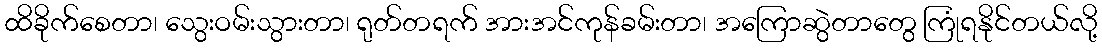
ထိခိုက်စေတာ၊ သွေးဝမ်းသွားတာ၊ ရုတ်တရက် အားအင်ကုန်ခမ်းတာ၊ အကြောဆွဲတာတွေ ကြုံရနိုင်တယ်လို့